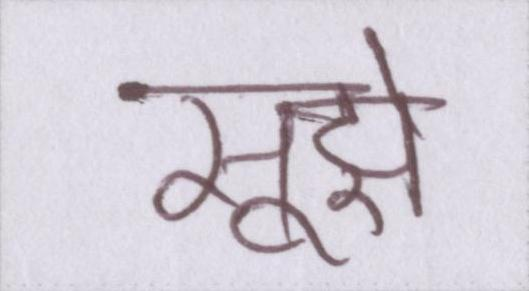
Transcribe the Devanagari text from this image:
सूझे